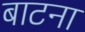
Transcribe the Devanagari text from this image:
बाटना